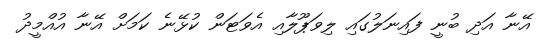
އޭނާ އަދި ބުނީ ފައިނަލުގައި ލިވަޕޫލާއި އެވަޓަން ކުޅޭނެ ކަމަށް އޭނާ އުއްމީދު